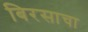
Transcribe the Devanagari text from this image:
बिरसाचा